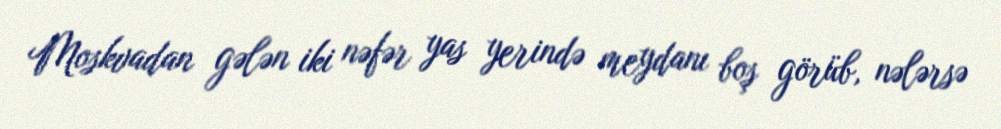
Moskvadan gələn iki nəfər yas yerində meydanı boş görüb, nələrsə